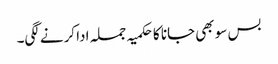
بس سو بھی جانا کا حکمیہ جملہ ادا کرنے لگی۔